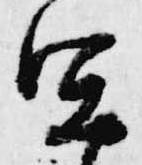
宜